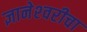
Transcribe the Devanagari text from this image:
ज्ञानेश्‍वरीचा